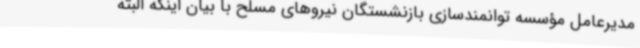
مدیرعامل مؤسسه توانمندسازی بازنشستگان نیروهای مسلح با بیان اینکه البته